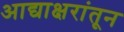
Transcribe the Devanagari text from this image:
आद्याक्षरांतून